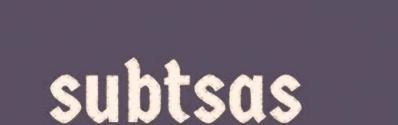
subtsas